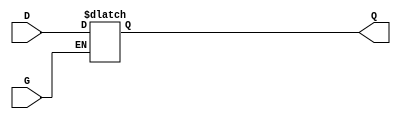
module gated_latch (
    input wire D,    // Data input
    input wire G,    // Gate signal
    output reg Q     // Output
);

// Always block that is sensitive to the gate signal
always @(*) begin
    if (G) begin
        Q <= D;     // When G is high, Q follows D
    end
    // When G is low, Q retains its last value (hold state)
end

endmodule